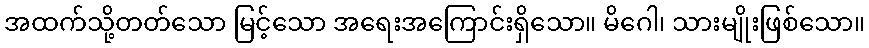
အထက်သို့တတ်သော မြင့်သော အရေးအကြောင်းရှိသော။ မိဂေါ၊ သားမျိုးဖြစ်သော။